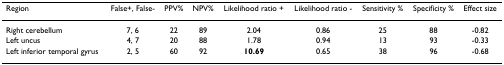
<table><thead><tr><td><b>Region</b></td><td><b>False+, False-</b></td><td><b>PPV%</b></td><td><b>NPV%</b></td><td><b>Likelihood ratio +</b></td><td><b>Likelihood ratio -</b></td><td><b>Sensitivity %</b></td><td><b>Specificity %</b></td><td><b>Effect size</b></td></tr></thead><tbody><tr><td>Right cerebellum</td><td>7, 6</td><td>22</td><td>89</td><td>2.04</td><td>0.86</td><td>25</td><td>88</td><td>-0.82</td></tr><tr><td>Left uncus</td><td>4, 7</td><td>20</td><td>88</td><td>1.78</td><td>0.94</td><td>13</td><td>93</td><td>-0.33</td></tr><tr><td>Left inferior temporal gyrus</td><td>2, 5</td><td>60</td><td>92</td><td><b>10.69</b></td><td>0.65</td><td>38</td><td>96</td><td>-0.68</td></tr></tbody></table>